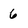
Character: 6